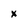
Character: X